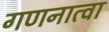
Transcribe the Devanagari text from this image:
गणनात्वा